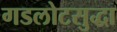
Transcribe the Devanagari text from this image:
गडलोटसुद्धा